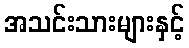
အသင်းသားများနှင့်